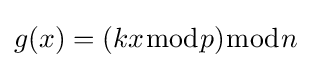
g(x)=(kx{\bmod {p}}){\bmod {n}}